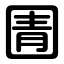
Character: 圊